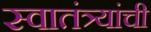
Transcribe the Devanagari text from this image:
स्वातंत्र्यांची